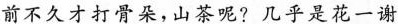
前不久才打骨朵，山茶呢?几乎是花一谢